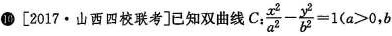
⑩ [217 \cdot 山西四校联考]已知双曲线C.$$= \frac { x ^ { 2 } } { a ^ { 2 } } - \frac { y ^ { 2 } } { b ^ { 2 } } = 1 ( a > 0 , b